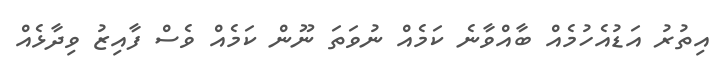
އިތުރު އަޑުއެހުމެއް ބާއްވާނެ ކަމެއް ނުވަތަ ނޫން ކަމެއް ވެސް ފާއިޒު ވިދާޅެއް